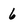
Character: 6